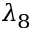
\lambda _ { 8 }